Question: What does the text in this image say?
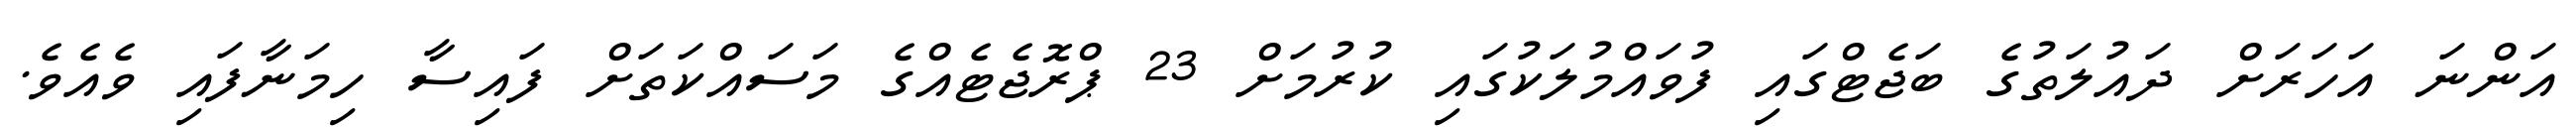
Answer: އަންނަ އަހަރަށް ދައުލަތުގެ ބަޖެޓްގައި ފުވައްމުލަކުގައި ކުރުމަށް 23 ޕްރޮޖެޓެއްގެ މަސައްކަތަށް ފައިސާ ހިމަނާފައި ވެއެވެ.